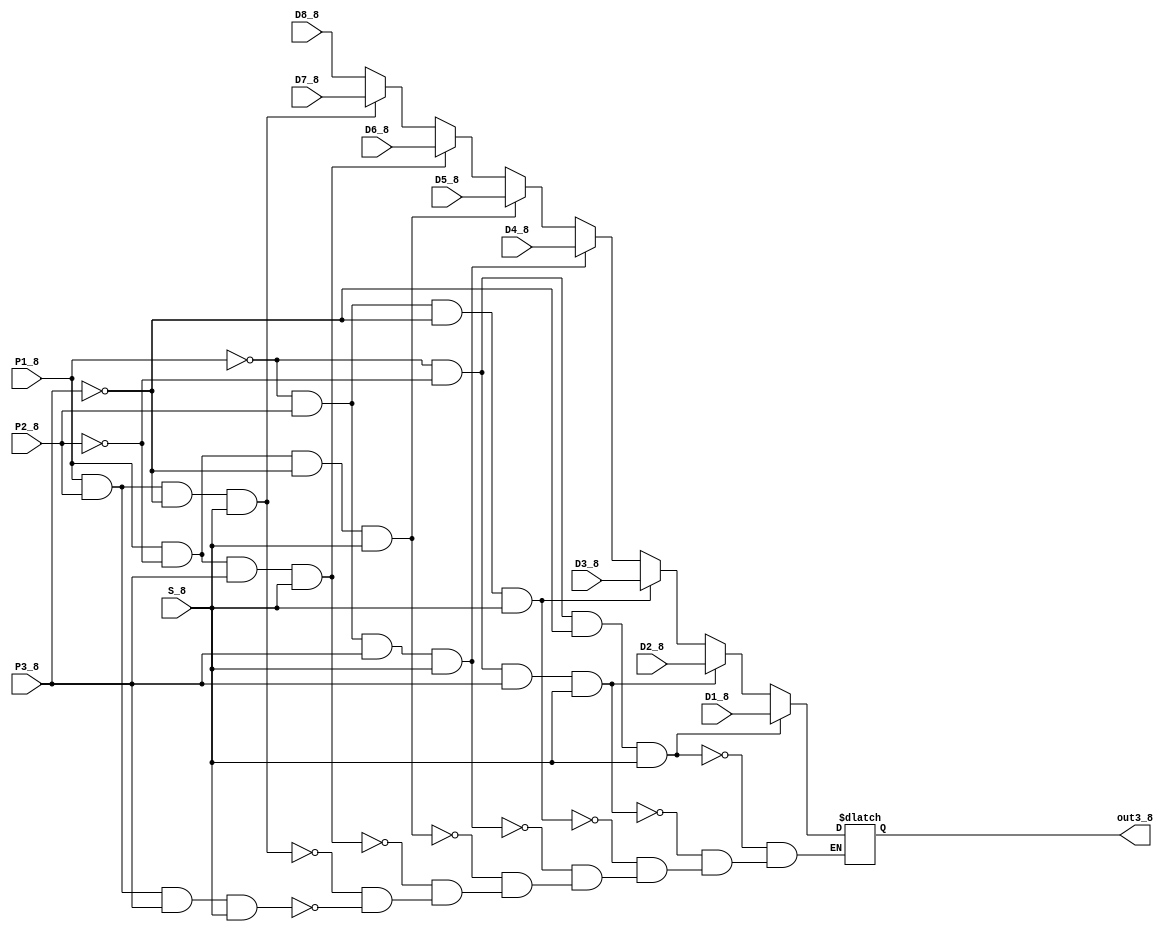
`timescale 1ns / 1ps
//////////////////////////////////////////////////////////////////////////////////
// Company: 
// Engineer: 
// 
// Design Name: 
// Module Name: Data_selector8
// Project Name: 
// Target Devices: 
// Tool Versions: 
// Description: 
// 
// Dependencies: 
// 
// Revision:
// Revision 0.01 - File Created
// Additional Comments:
// 
//////////////////////////////////////////////////////////////////////////////////


module Data_selector8#(parameter WIDTH=16)(D1_8,D2_8,D3_8,D4_8,D5_8,D6_8,D7_8,D8_8,P1_8,P2_8,P3_8,S_8,out3_8);
input [WIDTH-1:0] D1_8;
input [WIDTH-1:0] D2_8;
input [WIDTH-1:0] D3_8;
input [WIDTH-1:0] D4_8;
input [WIDTH-1:0] D5_8;
input [WIDTH-1:0] D6_8;
input [WIDTH-1:0] D7_8;
input [WIDTH-1:0] D8_8;
input  S_8;
input  P1_8;
input  P2_8;
input  P3_8;
output reg [WIDTH-1:0] out3_8;
always @ * 
begin
if     (((~P1_8)&(~P2_8)&(~P3_8))&S_8)  out3_8<=D1_8;
else if(((~P1_8)&(~P2_8)&P3_8)&S_8)     out3_8<=D2_8;
else if(((~P1_8)&P2_8&(~P3_8))&S_8)     out3_8<=D3_8;
else if(((~P1_8)&P2_8&P3_8)&S_8)        out3_8<=D4_8;
else if((P1_8&(~P2_8)&(~P3_8))&S_8)     out3_8<=D5_8;
else if((P1_8&(~P2_8)&P3_8)&S_8)        out3_8<=D6_8;
else if((P1_8&P2_8&(~P3_8))&S_8)        out3_8<=D7_8;
else if((P1_8&P2_8&P3_8)&S_8)           out3_8<=D8_8;
end
endmodule